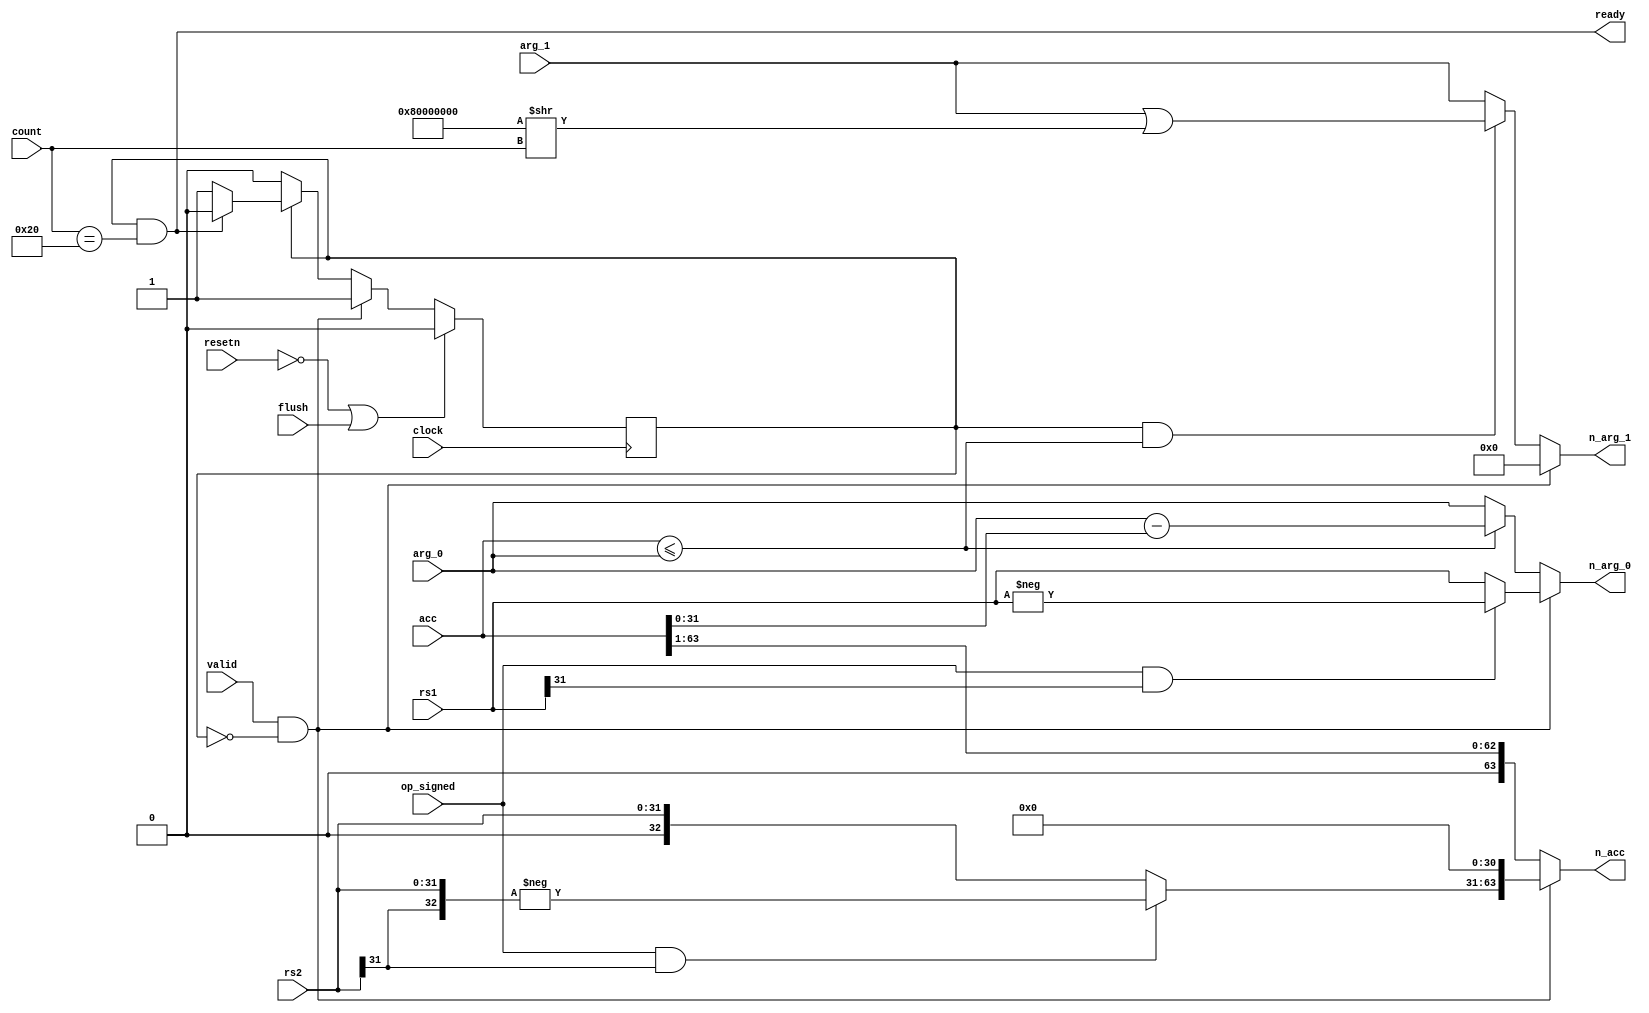
module xc_malu_divrem (

input  wire         clock           ,
input  wire         resetn          ,

input  wire [31:0]  rs1             ,
input  wire [31:0]  rs2             ,

input  wire         valid           ,
input  wire         op_signed       ,
input  wire         flush           ,

input  wire [ 5:0]  count           ,
input  wire [63:0]  acc             , // Divisor
input  wire [31:0]  arg_0           , // Dividend
input  wire [31:0]  arg_1           , // Quotient

output wire [63:0]  n_acc           ,
output wire [31:0]  n_arg_0         ,
output wire [31:0]  n_arg_1         ,
output wire         ready           

);

reg         div_run     ;

assign      ready       = div_finished;

wire        signed_lhs  = (op_signed) && rs1[31];
wire        signed_rhs  = (op_signed) && rs2[31];

wire        div_start   = valid     && !div_run;
wire        div_finished= (div_run && count == 32);

wire [31:0] qmask       = (32'b1<<31  ) >> count  ;

wire        div_less    = acc <= {32'b0,arg_0};

wire [31:0] sub_result = arg_0 - acc[31:0];
        

wire [63:0] divisor_start = 
    {(signed_rhs ? -{rs2[31],rs2} : {1'b0,rs2}), 31'b0};


assign      n_acc       = div_start    ? divisor_start  :
                                         acc >> 1       ;

assign      n_arg_0     = div_start ? (signed_lhs ? -rs1 : rs1) :
                          div_less  ? sub_result                :
                                      arg_0                     ;

assign      n_arg_1     = div_start           ? 0               :
                          div_run && div_less ? arg_1 | qmask   :
                                                arg_1           ;

always @(posedge clock) begin
    if(!resetn   || flush) begin
        
        div_run  <= 1'b0;

    end else if(div_start) begin
        
        div_run  <= 1'b1;

    end else if(div_run) begin

        if(div_finished) begin

            div_run  <= 1'b0;

        end

    end
end

endmodule